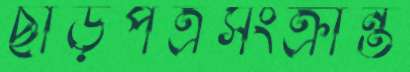
ছাড়পত্রসংক্রান্ত